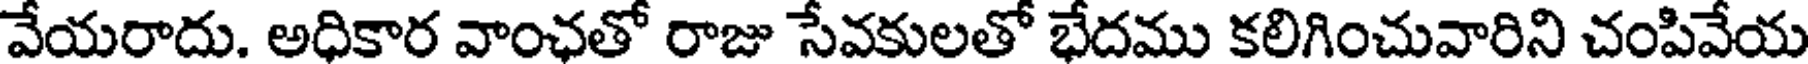
వేయరాదు. అధికార వాంఛతో రాజు సేవకులతో భేదము కలిగించువారిని చంపివేయ